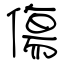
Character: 傷